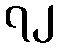
၇၂